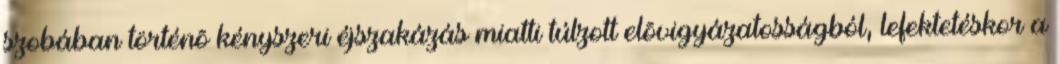
szobában történõ kényszeri éjszakázás miatti túlzott elõvigyázatosságból, lefektetéskor a